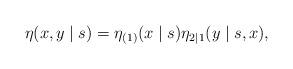
LaTeX: \begin{align*}\eta(x,y\mid s) = \eta_{(1)}(x \mid s) \eta_{2|1} (y \mid s,x),\end{align*}